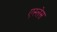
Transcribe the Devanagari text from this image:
एस्लेस